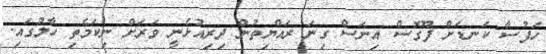
ހަފުސާ ކަނޑަށް ފޫގޮސް އިނަސް ގިނަ ރައްޔިތުން ދިރިއުޅެނީ ވަރަށް ނިކަމެތި ހާލުގައި.